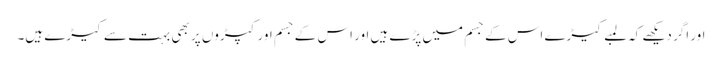
اور اگر دیکھے کہ لمبے کیڑے اس کے جسم میں پڑے ہیں اور اس کے جسم اور کپڑوں پر بھی بہت سے کیڑے ہیں۔